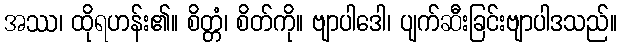
အဿ၊ ထိုရဟန်း၏။ စိတ္တံ၊ စိတ်ကို။ ဗျာပါဒေါ၊ ပျက်ဆီးခြင်းဗျာပါဒသည်။